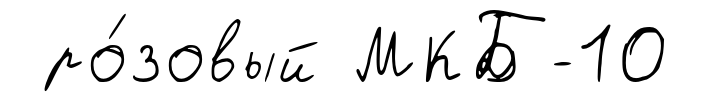
ро́зовый МКБ-10